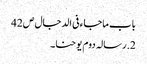
باب ماجاء فی الدجال ص42
2.رسالہ دوم یوحنا۔